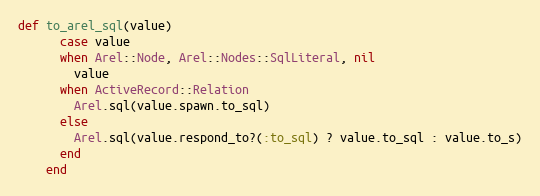
Language: Ruby
def to_arel_sql(value)
      case value
      when Arel::Node, Arel::Nodes::SqlLiteral, nil
        value
      when ActiveRecord::Relation
        Arel.sql(value.spawn.to_sql)
      else
        Arel.sql(value.respond_to?(:to_sql) ? value.to_sql : value.to_s)
      end
    end